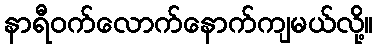
နာရီဝက်လောက်နောက်ကျမယ်လို့။